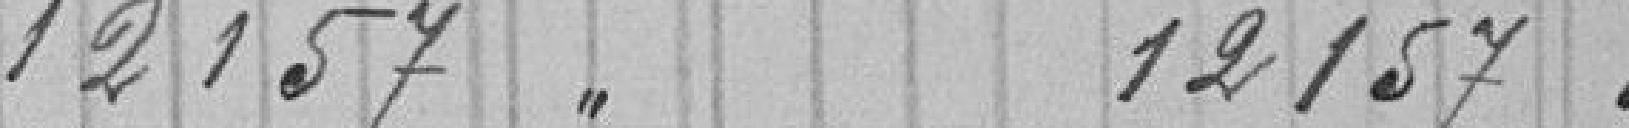
12157"           12157.